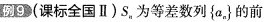
例9(课标全国Ⅱ)S_{n}为等差数列\left\{ a_{n}\right\}的前